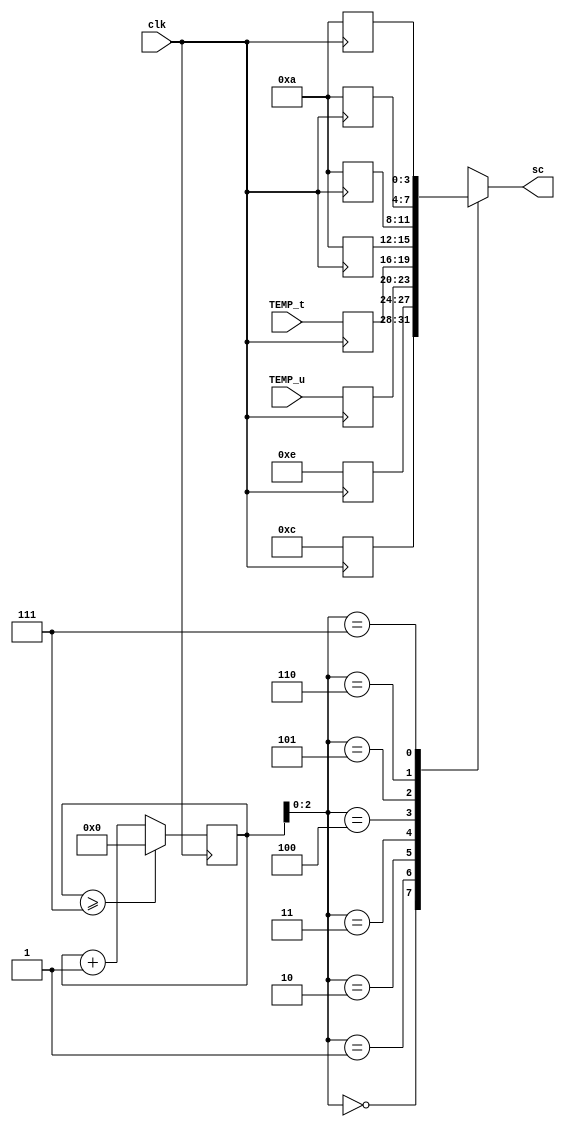
`timescale 1ns/1ps
module words (sc, clk,  TEMP_t, TEMP_u);


input clk;
input [3:0] TEMP_t, TEMP_u;

output reg [3:0]sc;

reg [3:0] se [0:7];
reg  [3:0]counter = 0;


always @(posedge clk)begin

 se[7] <= 4'ha;    
 se[6] <= 4'ha;
 se[5] <= 4'ha;
 se[4] <= 4'ha;
 se[3] <= TEMP_t;
 se[2] <= TEMP_u;
 se[1] <=  4'he;
 se[0] <=  4'hc;
end

                                                                                 

always @(posedge clk) begin
    if(counter >= 7)
        counter = 0;
   else
   counter <= counter+1;

end

always @(counter) begin

   sc <= se[counter]; 

end
    
endmodule